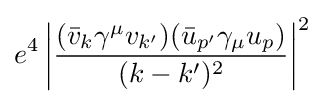
e^{4}\left|{\frac {({\bar {v}}_{k}\gamma ^{\mu }v_{k'})({\bar {u}}_{p'}\gamma _{\mu }u_{p})}{(k-k')^{2}}}\right|^{2}